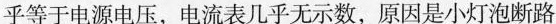
乎等于电源电压，电流表几乎无示数，原因是小灯泡断路